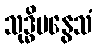
သုဒ္ဓိမနွေသံ